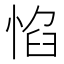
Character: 惂